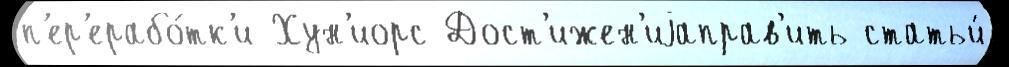
п'ер'ерабо́тк'и Хун'иорс Дост'ижен'иjаправ'ить статьи́